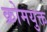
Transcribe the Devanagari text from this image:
क्रोमयुक्त